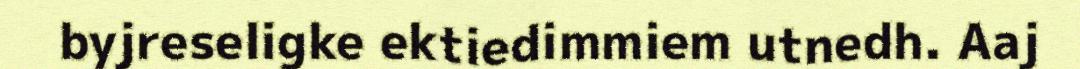
byjreseligke ektiedimmiem utnedh. Aaj